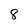
Character: 8